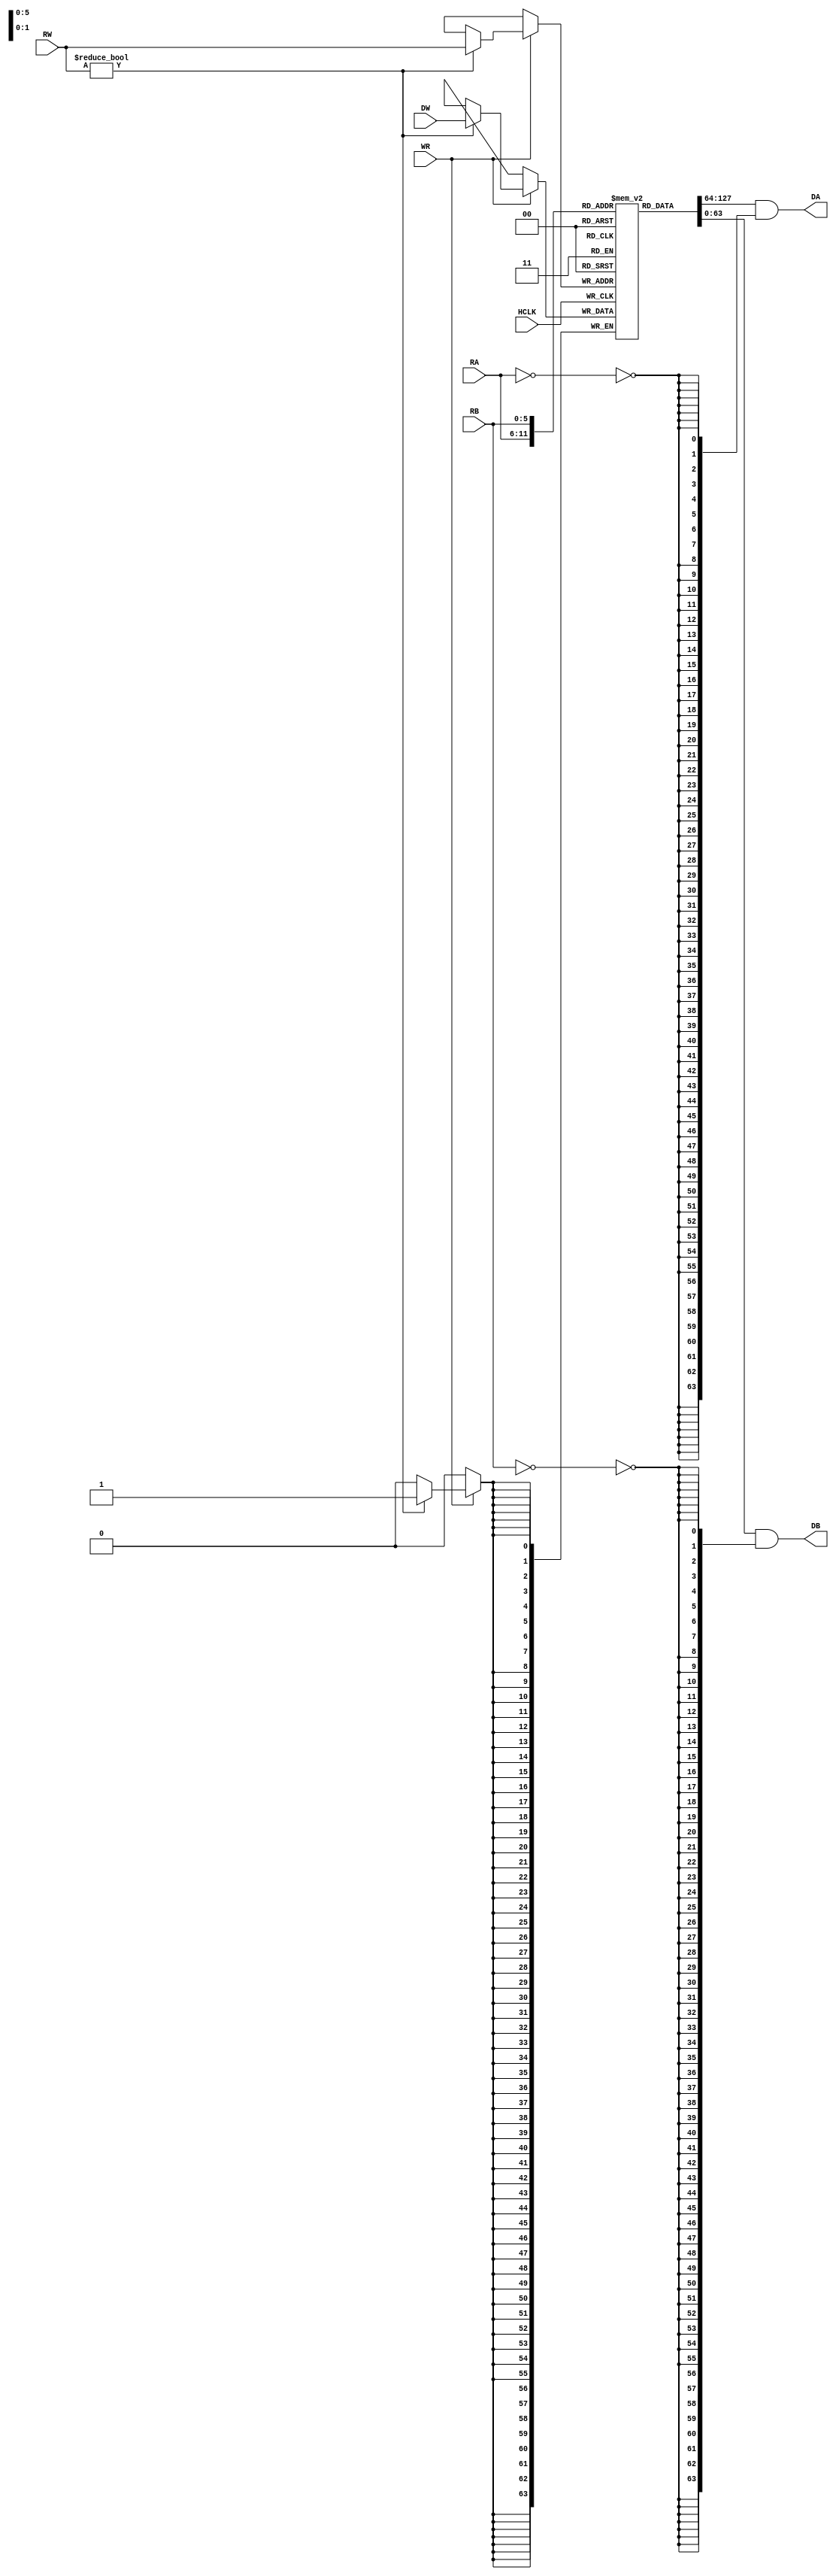
// This program was cloned from: https://github.com/chipsalliance/yosys-f4pga-plugins
// License: Apache License 2.0

// Copyright 2022 AUC Open Source Hardware Lab
//
// Licensed under the Apache License, Version 2.0 (the "License"); 
// you may not use this file except in compliance with the License. 
// You may obtain a copy of the License at:
//
//     http://www.apache.org/licenses/LICENSE-2.0
//
// Unless required by applicable law or agreed to in writing, software 
// distributed under the License is distributed on an "AS IS" BASIS, 
// WITHOUT WARRANTIES OR CONDITIONS OF ANY KIND, either express or implied. 
// See the License for the specific language governing permissions and 
// limitations under the License.
//
// SPDX-License-Identifier: Apache-2.0

module top (
	input			HCLK,							
	input			WR,
	input [ 5:0]	RA,
	input [ 5:0]	RB,
	input [ 5:0]	RW,
	input [63:0]	DW, 
	output [63:0]	DA, 
	output [63:0]	DB
);
 	reg [63:0] RF [63:0];

	assign DA = RF[RA] & {64{~(RA==6'd0)}};
	assign DB = RF[RB] & {64{~(RB==6'd0)}};
	
	always @ (posedge HCLK) 
		if(WR)
			if(RW!=6'd0) begin 
				RF[RW] <= DW;
			end
endmodule